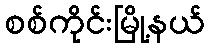
စစ်ကိုင်းမြို့နယ်